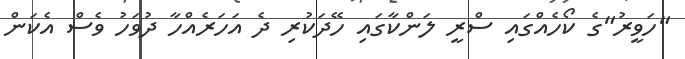
"ހަވީރު"ގެ ކޯހެއްގައި ސްރީ ލަންކާގައި ހޭދަކުރި ދެ އަހަރެއްހާ ދުވަހު ވެސް އެކަން